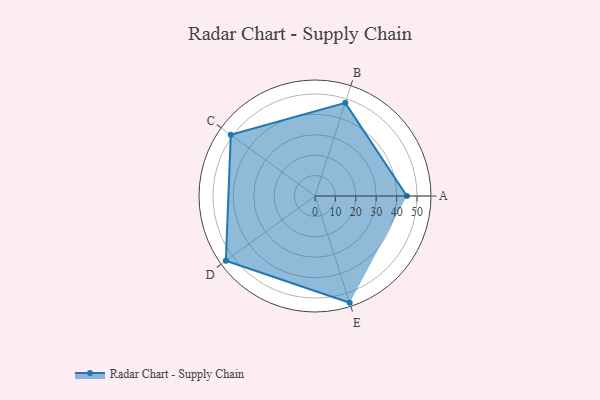
{"axis": {"x": "Skill", "y": "Score"}, "legend": ["Profile"], "data": [{"x": "A", "y": 45.0, "type": "Profile"}, {"x": "B", "y": 48.0, "type": "Profile"}, {"x": "C", "y": 51.0, "type": "Profile"}, {"x": "D", "y": 54.0, "type": "Profile"}, {"x": "E", "y": 55.0, "type": "Profile"}]}